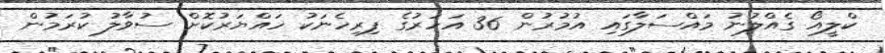
ކްލީއޯ ގެއްލުނު މައްސަލާގައި އުމުރުން 36 އަހަރުގެ ފިރިހެނަކު ހައްޔަރުކޮށް ސުވާލު ކުރަމުން